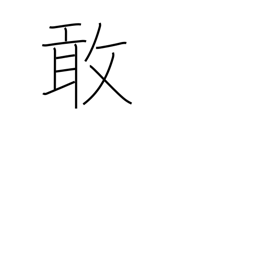
Meaning: sad